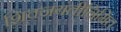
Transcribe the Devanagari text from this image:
शिवजयंतीनिमित्त